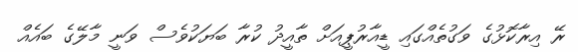
ރޭ އިރާކޮޅުގެ ވަގުތެއްގައި ޑީއާރުޕީއަށް ތާއީދު ކުރާ ބަޔަކުވެސް ވަނީ މާލޭގެ ބައެއް